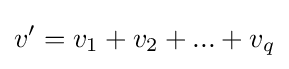
v'=v_{1}+v_{2}+...+v_{q}